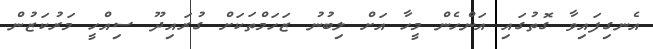
އެނގިފައިވާ ގޮތުގައި އަންހެން މީހާ އަށް ލިބުނު ޒަހަމްތަކަށް ގުރައިދޫ ސިއްހީ މަރުކަޒުން